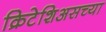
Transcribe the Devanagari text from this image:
क्रिटेशिअसच्या